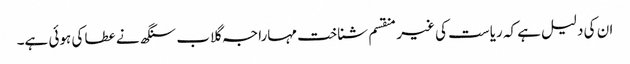
ان کی دلیل ہے کہ ریاست کی غیر منقسم شناخت مہاراجہ گلاب سنگھ نے عطا کی ہوئی ہے۔